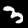
Label: 3